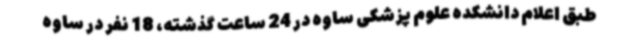
طبق اعلام دانشکده علوم پزشکی ساوه در 24 ساعت گذشته، 18 نفر در ساوه